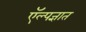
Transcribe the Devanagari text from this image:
ऍल्पज्ञात